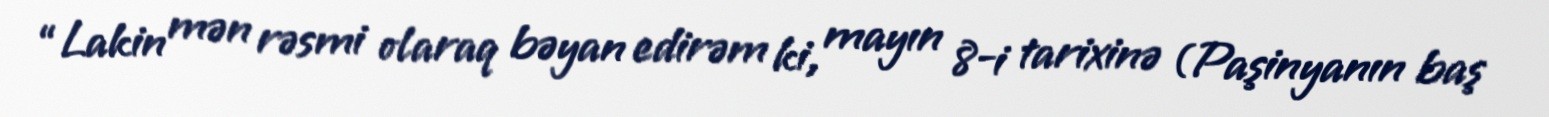
“Lakin mən rəsmi olaraq bəyan edirəm ki, mayın 8-i tarixinə (Paşinyanın baş